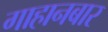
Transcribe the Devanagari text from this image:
गाहानबार